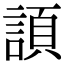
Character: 𧩬